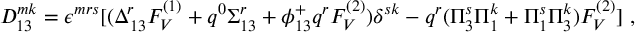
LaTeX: D _ { 1 3 } ^ { m k } = \epsilon ^ { m r s } [ ( \Delta _ { 1 3 } ^ { r } F _ { V } ^ { ( 1 ) } + q ^ { 0 } \Sigma _ { 1 3 } ^ { r } + \phi _ { 1 3 } ^ { + } q ^ { r } F _ { V } ^ { ( 2 ) } ) \delta ^ { s k } - q ^ { r } ( \Pi _ { 3 } ^ { s } \Pi _ { 1 } ^ { k } + \Pi _ { 1 } ^ { s } \Pi _ { 3 } ^ { k } ) F _ { V } ^ { ( 2 ) } ] ~ ,